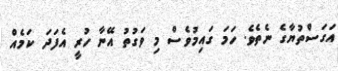
އަގަސްތުޔާގެ ނެތެވެ. ހަމަ ގައިމުވެސް މި ވަގުތު އޭނާ ހުރީ އެފަދަ ކަމެއް